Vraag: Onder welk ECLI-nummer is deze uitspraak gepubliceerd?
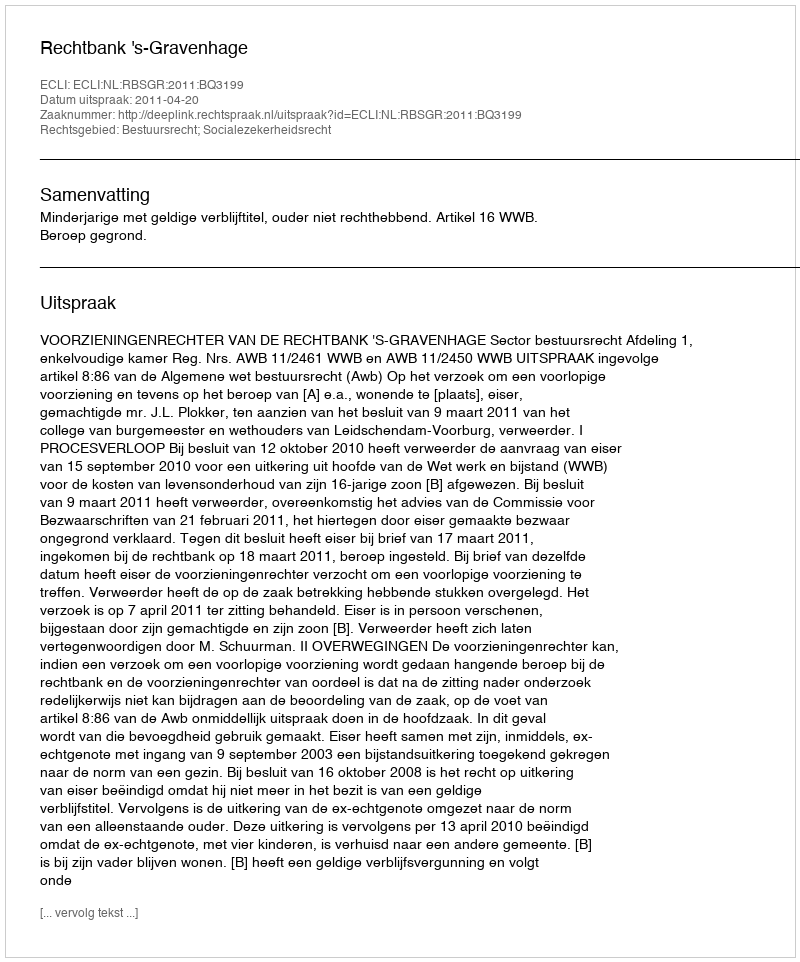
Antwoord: ECLI:NL:RBSGR:2011:BQ3199